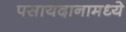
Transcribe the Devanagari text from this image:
पसायदानामध्ये